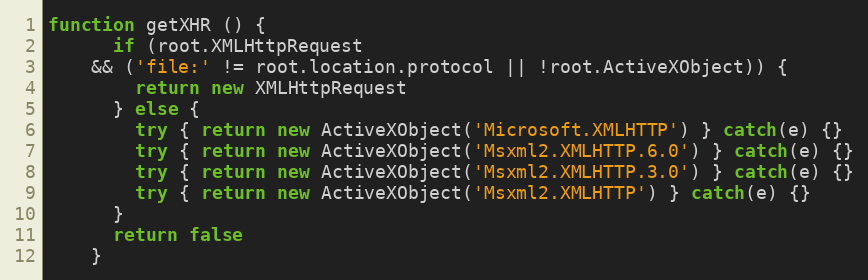
Language: JavaScript
function getXHR () {
      if (root.XMLHttpRequest
    && ('file:' != root.location.protocol || !root.ActiveXObject)) {
        return new XMLHttpRequest
      } else {
        try { return new ActiveXObject('Microsoft.XMLHTTP') } catch(e) {}
        try { return new ActiveXObject('Msxml2.XMLHTTP.6.0') } catch(e) {}
        try { return new ActiveXObject('Msxml2.XMLHTTP.3.0') } catch(e) {}
        try { return new ActiveXObject('Msxml2.XMLHTTP') } catch(e) {}
      }
      return false
    }